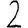
Digit: 2